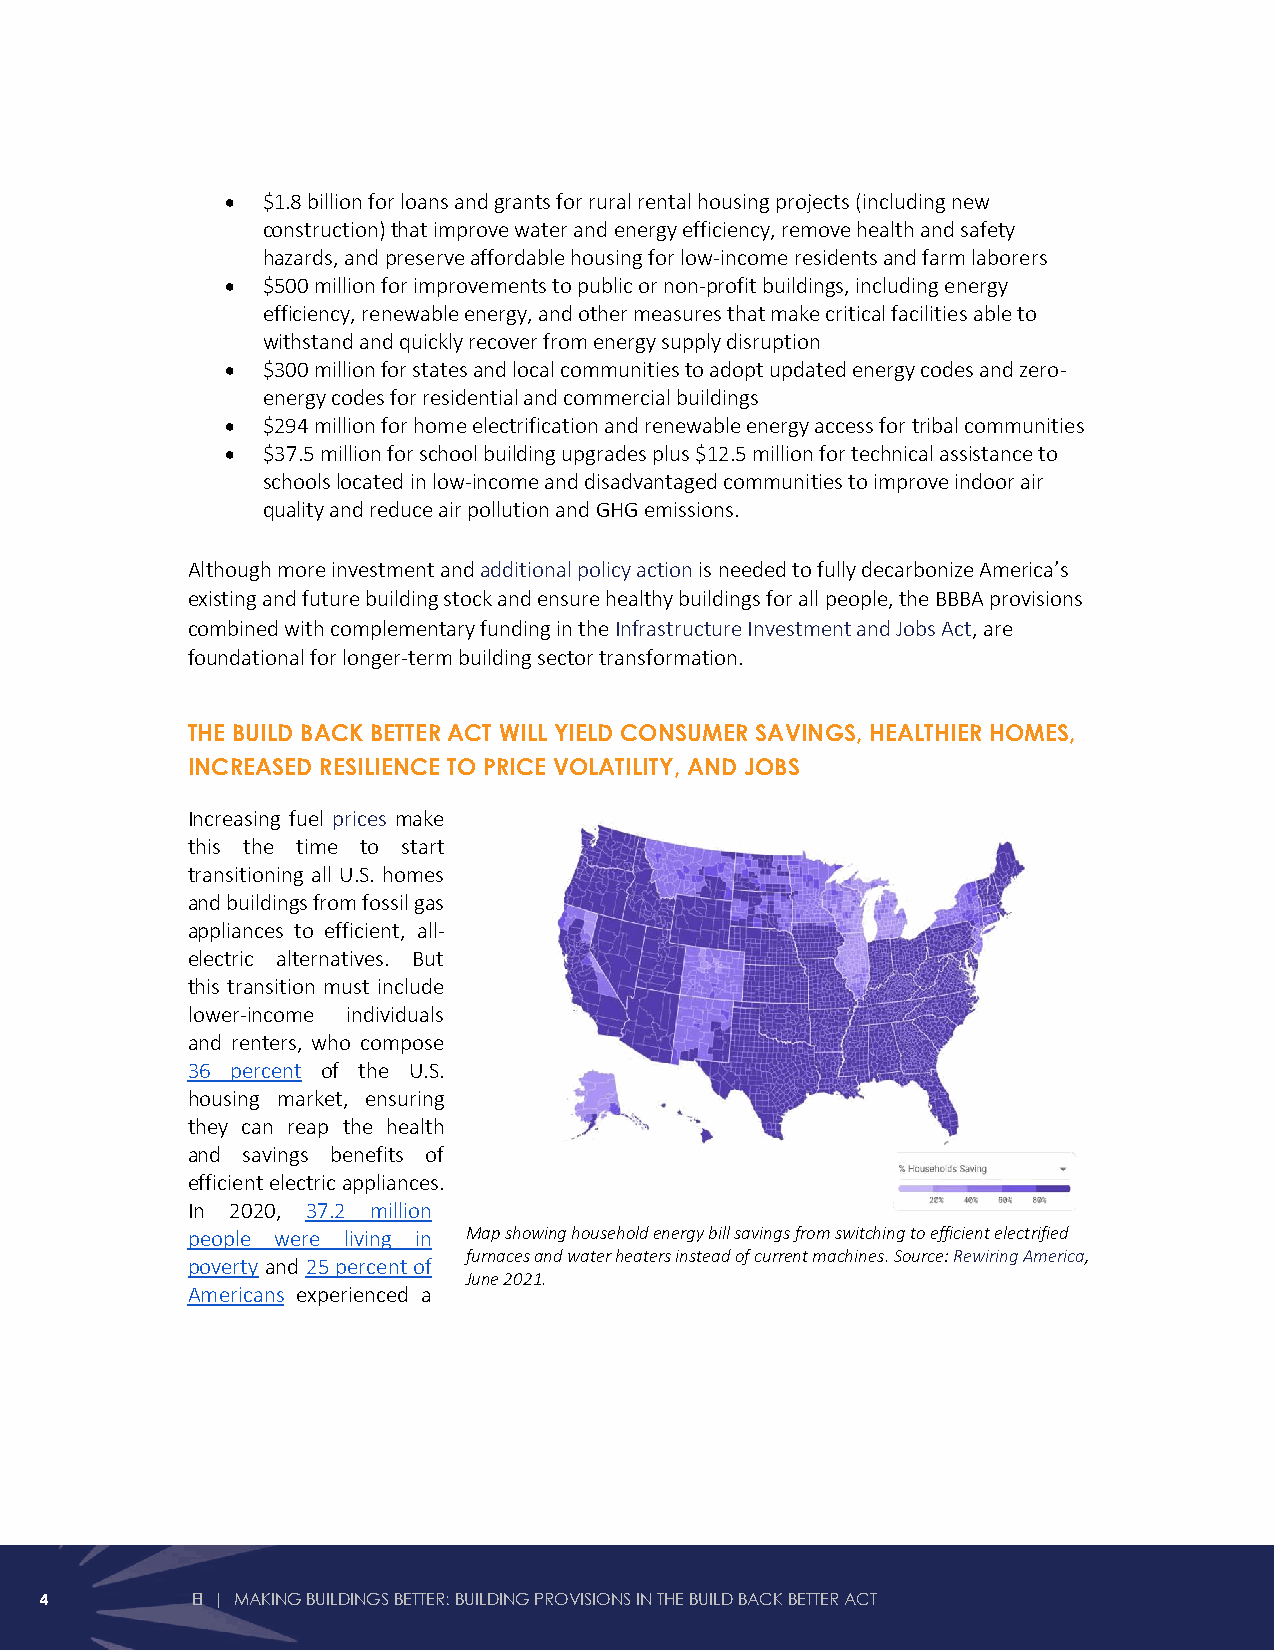
• $1.8 billion for loans and grants for rural rental housing projects (including new
 construction) that improve water and energy efficiency, remove health and safety
 hazards, and preserve affordable housing for low-income residents and farm laborers
 • $500 million for improvements to public or non-profit buildings, including energy
 efficiency, renewable energy, and other measures that make critical facilities able to
 withstand and quickly recover from energy supply disruption
 • $300 million for states and local communities to adopt updated energy codes and zero-
 energy codes for residential and commercial buildings
 • $294 million for home electrification and renewable energy access for tribal communities
 • $37.5 million for school building upgrades plus $12.5 million for technical assistance to
 schools located in low-income and disadvantaged communities to improve indoor air
 quality and reduce air pollution and GHG emissions.
 Although more investment and additional policy action is needed to fully decarbonize America’s
 existing and future building stock and ensure healthy buildings for all people, the BBBA provisions
 combined with complementary funding in the Infrastructure Investment and Jobs Act, are
 foundational for longer-term building sector transformation.
 THE BUILD BACK BETTER ACT WILL YIELD CONSUMER SAVINGS, HEALTHIER HOMES,
 INCREASED RESILIENCE TO PRICE VOLATILITY, AND JOBS
 Increasing fuel prices make
 this the time to start
 transitioning all U.S. homes
 and buildings from fossil gas
 appliances to efficient, all-
 electric alternatives. But
 this transition must include
 lower-income individuals
 and renters, who compose
 36 percent of the U.S.
 housing market, ensuring
 they can reap the health
 and savings benefits of
 efficient electric appliances.
 In 2020, 37.2 million
 people were living in Map showing household energy bill savings from switching to efficient electrified
 furnaces and water heaters instead of current machines. Source: Rewiring America,
 poverty and 25 percent of
 June 2021.
 Americans experienced a
 4         EI | MAKING BUILDINGS BETTER: BUILDING PROVISIONS IN THE BUILD BACK BETTER ACT